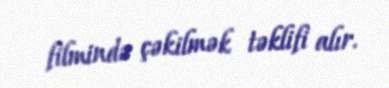
filmində çəkilmək təklifi alır.